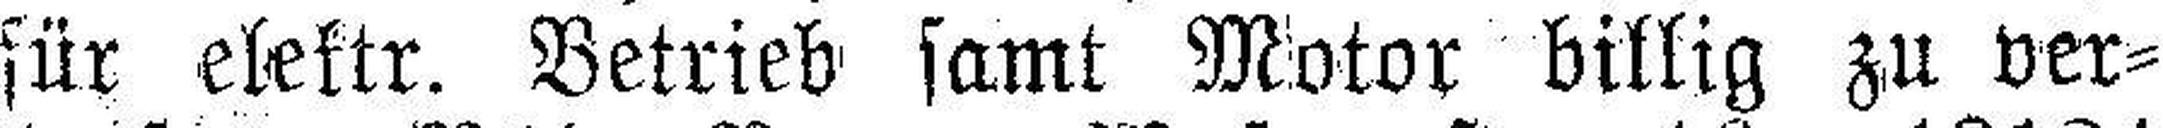
für elektr. Betrieb samt Motor billig zu ver¬